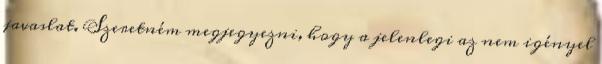
javaslat. Szeretném megjegyezni, hogy a jelenlegi az nem igényel